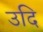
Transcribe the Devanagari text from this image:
उदि